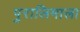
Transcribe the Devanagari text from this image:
पुरालिमाला